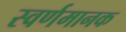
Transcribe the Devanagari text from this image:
स्वर्णमानक